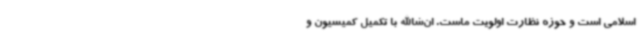
اسلامی است و حوزه نظارت اولویت ماست. ان‌شاالله با تکمیل کمیسیون و